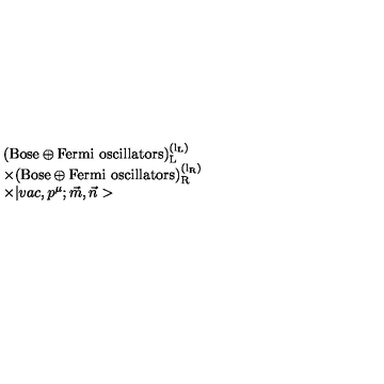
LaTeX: \begin{array} { l } { ( \mathrm { { B o s e } \oplus { F e r m i \ o s c i l l a t o r s } ) _ { L } ^ { \left( l _ { L } \right) } } } \\ { \times ( \mathrm { { B o s e } \oplus { F e r m i \ o s c i l l a t o r s } ) _ { R } ^ { \left( l _ { R } \right) } } } \\ { \times | v a c , p ^ { \mu } ; \vec { m } , \vec { n } > } \\ \end{array}